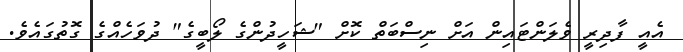
އެއީ ފާދިރީ ވެލަންޓައިން އަށް ނިސްބަތް ކޮށް "ޝަހީދުންގެ ލޯބީގެ" ދުވަހެއްގެ ގޮތުގައެވެ.